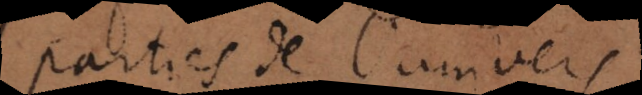
parties de l’univers,